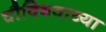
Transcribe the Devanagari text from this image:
चौविभवाच्या